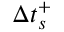
\Delta t _ { s } ^ { + }